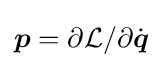
{\boldsymbol {p}}=\partial {\mathcal {L}}/\partial {\dot {\boldsymbol {q}}}